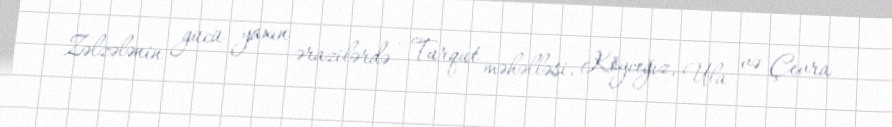
Zəlzələnin gücü yaxın ərazilərdə - Turqut məhəlləsi, Köyceğız, Ula və Çevra